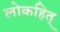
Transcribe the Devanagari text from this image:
लोकहित्